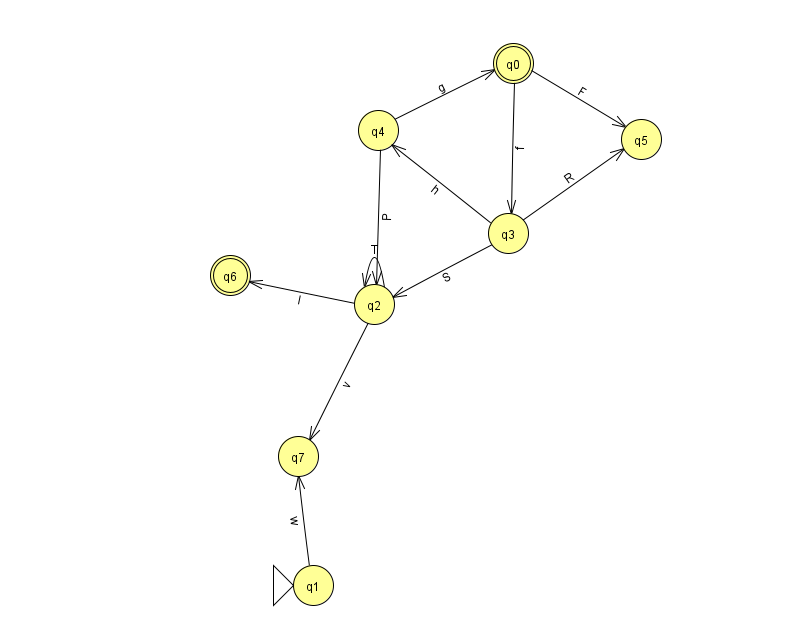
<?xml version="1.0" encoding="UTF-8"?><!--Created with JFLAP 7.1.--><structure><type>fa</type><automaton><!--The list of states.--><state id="0" name="q0"><x>513.0</x><y>50.0</y><final/></state><state id="1" name="q1"><x>313.0</x><y>572.0</y><initial/></state><state id="2" name="q2"><x>374.0</x><y>291.0</y></state><state id="3" name="q3"><x>508.0</x><y>220.0</y></state><state id="4" name="q4"><x>378.0</x><y>117.0</y></state><state id="5" name="q5"><x>641.0</x><y>126.0</y></state><state id="6" name="q6"><x>230.0</x><y>262.0</y><final/></state><state id="7" name="q7"><x>298.0</x><y>443.0</y></state><!--The list of transitions.--><transition><from>2</from><to>2</to><read>T</read></transition><transition><from>3</from><to>5</to><read>R</read></transition><transition><from>1</from><to>7</to><read>w</read></transition><transition><from>3</from><to>2</to><read>S</read></transition><transition><from>2</from><to>6</to><read>l</read></transition><transition><from>0</from><to>3</to><read>f</read></transition><transition><from>0</from><to>5</to><read>F</read></transition><transition><from>2</from><to>7</to><read>v</read></transition><transition><from>3</from><to>4</to><read>h</read></transition><transition><from>4</from><to>2</to><read>P</read></transition><transition><from>4</from><to>0</to><read>g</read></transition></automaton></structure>